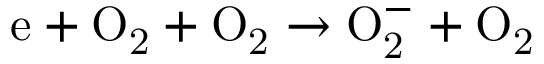
\mathrm { e + O _ { 2 } + O _ { 2 } \to O _ { 2 } ^ { - } + O _ { 2 } }